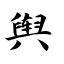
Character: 舆